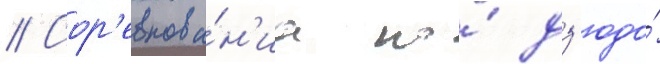
// Сор'евнова́н'иа по́ дз'юдо́